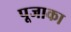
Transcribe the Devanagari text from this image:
पूजाका